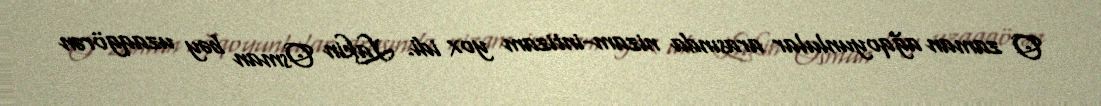
O zaman ağqoyunlular arasında nizam-intizam yox idi. Lakin Osman bəy uzaqgörən